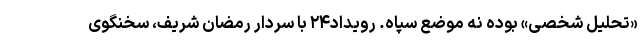
«تحلیل شخصی» بوده نه موضع سپاه. رویداد۲۴ با سردار رمضان شریف، سخنگوی